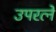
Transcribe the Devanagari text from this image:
उपरत्‍ने